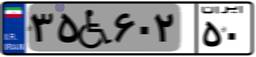
۳۵W۶۰۲۵۰